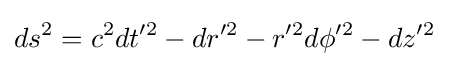
ds^{2}=c^{2}dt'^{2}-dr'^{2}-r'^{2}d\phi '^{2}-dz'^{2}